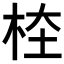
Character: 𣑖